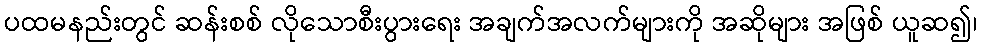
ပထမနည်းတွင် ဆန်းစစ် လိုသောစီးပွားရေး အချက်အလက်များကို အဆိုများ အဖြစ် ယူဆ၍၊